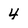
Character: 4